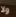
ولا